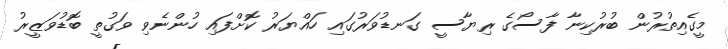
މީގެއިތުރުން ބުރުކިނާ ފާސޯގެ ރިޔާސީ ގަނޑުވަރުގައި ހައްޔަރު ކޮށްފައި ހުންނެވި ވަގުތީ ބޮޑުވަޒީރު